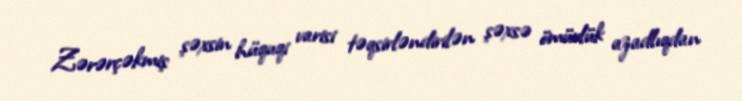
Zərərçəkmiş şəxsin hüquqi varisi təqsirləndirilən şəxsə ömürlük azadlıqdan